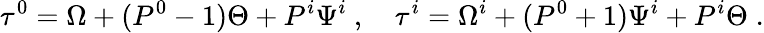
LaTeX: \tau^{0}=\Omega+(P^{0}-1)\Theta+P^{i}\Psi^{i}~,\quad\tau^{i}=\Omega^{i}+(P^{0}+1)\Psi^{i}+P^{i}\Theta\; .